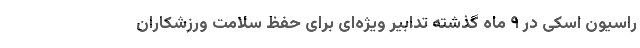
راسیون اسکی در ۹ ماه گذشته تدابیر ویژه‌ای برای حفظ سلامت ورزشکاران